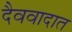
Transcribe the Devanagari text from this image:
दैववादात